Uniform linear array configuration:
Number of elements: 12
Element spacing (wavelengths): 0.75
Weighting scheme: hann
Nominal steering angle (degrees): -60
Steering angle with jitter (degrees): -59.011
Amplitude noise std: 0.05
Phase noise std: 0.05

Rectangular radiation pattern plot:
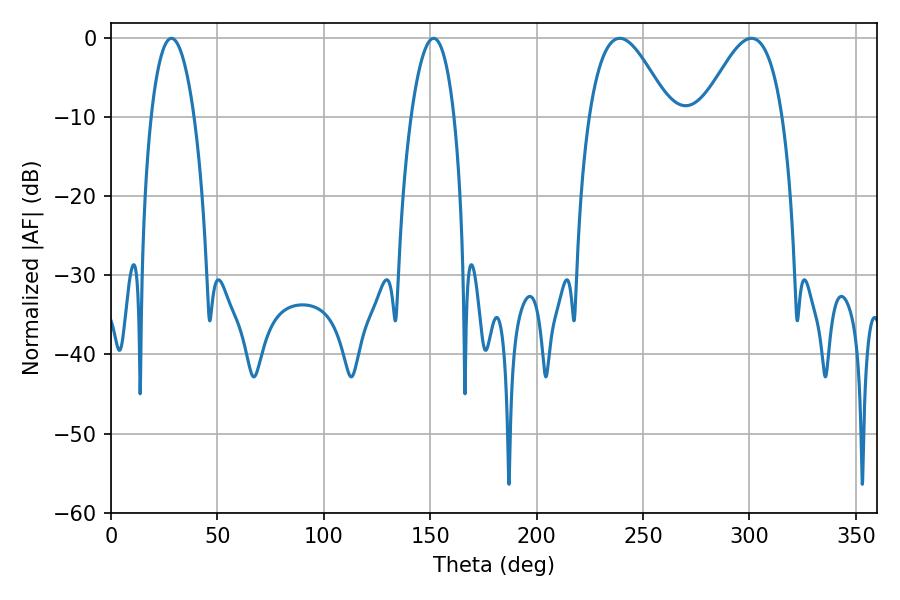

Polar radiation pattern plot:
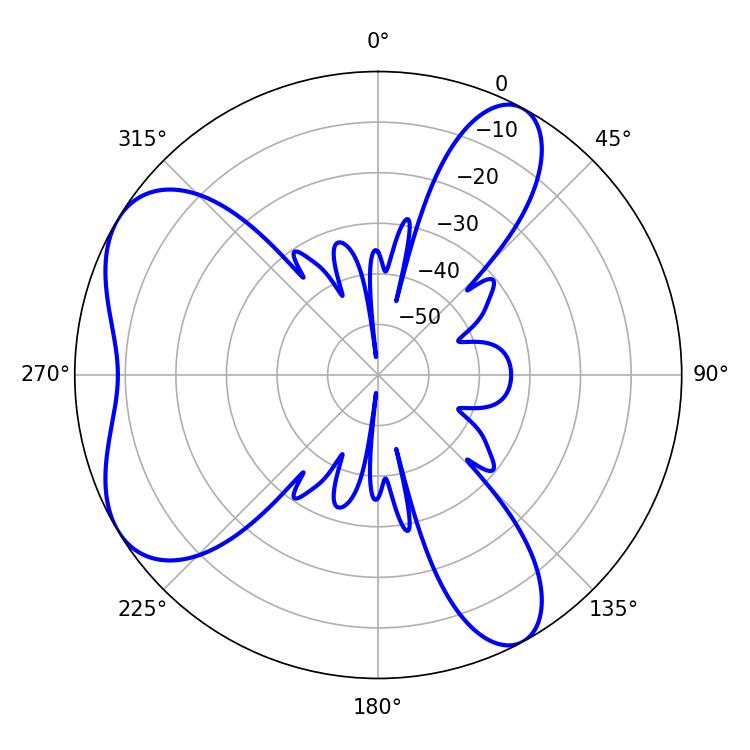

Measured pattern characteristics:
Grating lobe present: TRUE
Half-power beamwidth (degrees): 20.52
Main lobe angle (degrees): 239.04